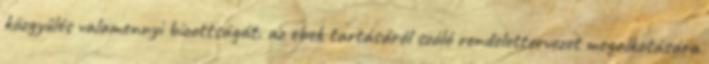
közgyűlés valamennyi bizottságát. az ebek tartásáról szóló rendelettervezet megalkotására